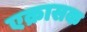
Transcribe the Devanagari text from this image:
एक्रासक